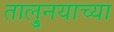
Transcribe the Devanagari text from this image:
तालु्नयाच्या